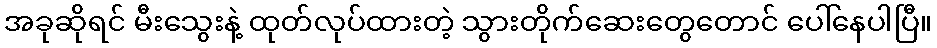
အခုဆိုရင် မီးသွေးနဲ့ ထုတ်လုပ်ထားတဲ့ သွားတိုက်ဆေးတွေတောင် ပေါ်နေပါပြီ။